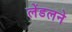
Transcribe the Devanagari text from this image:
लेंडलने